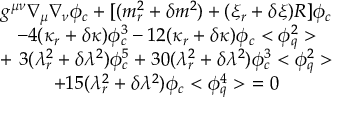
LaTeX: \begin{array} { c } { { g ^ { \mu \nu } \nabla _ { \mu } \nabla _ { \nu } \phi _ { c } + [ ( m _ { r } ^ { 2 } + \delta m ^ { 2 } ) + ( \xi _ { r } + \delta \xi ) R ] \phi _ { c } } } \\ { { - 4 ( \kappa _ { r } + \delta \kappa ) \phi _ { c } ^ { 3 } - 1 2 ( \kappa _ { r } + \delta \kappa ) \phi _ { c } < \phi _ { q } ^ { 2 } > } } \\ { { + \ 3 ( \lambda _ { r } ^ { 2 } + \delta \lambda ^ { 2 } ) \phi _ { c } ^ { 5 } + 3 0 ( \lambda _ { r } ^ { 2 } + \delta \lambda ^ { 2 } ) \phi _ { c } ^ { 3 } < \phi _ { q } ^ { 2 } > } } \\ { { + 1 5 ( \lambda _ { r } ^ { 2 } + \delta \lambda ^ { 2 } ) \phi _ { c } < \phi _ { q } ^ { 4 } > \ = 0 } } \end{array}